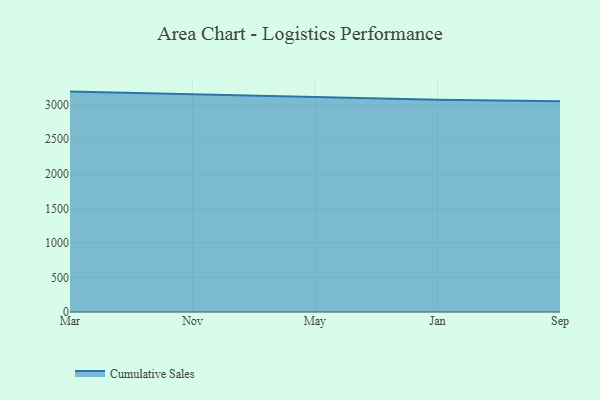
{"axis": {"x": "Month", "y": "Market Share (%)"}, "legend": ["Cumulative Sales"], "data": [{"x": "Mar", "y": 3190.3, "type": "Cumulative Sales"}, {"x": "Nov", "y": 3148.1, "type": "Cumulative Sales"}, {"x": "May", "y": 3107.0, "type": "Cumulative Sales"}, {"x": "Jan", "y": 3073.1, "type": "Cumulative Sales"}, {"x": "Sep", "y": 3052.4, "type": "Cumulative Sales"}]}